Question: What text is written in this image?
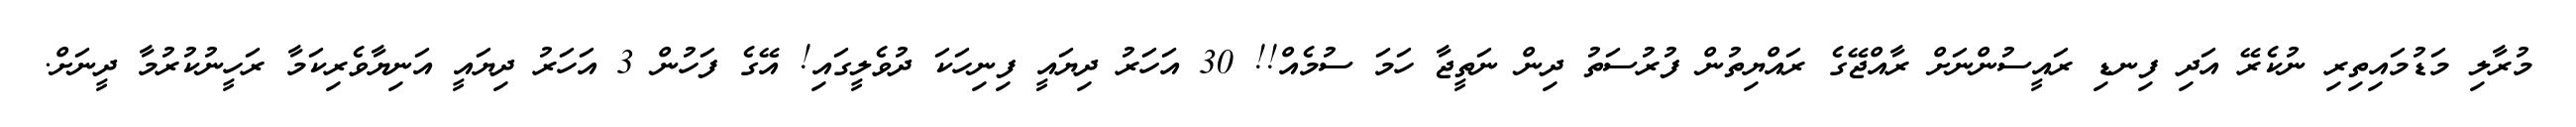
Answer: މުރާލި މަޑުމައިތިރި ނުކެރޭ އަދި ފިނޑި ރައީސުންނަށް ރާއްޖޭގެ ރައްޔިތުން ފުރުސަތު ދިން ނަތީޖާ ހަމަ ސުމެއް!! 30 އަހަރު ދިޔައީ ފިނިހަކަ ދުވެލީގައި! އޭގެ ފަހުން 3 އަހަރު ދިޔައީ އަނިޔާވެރިކަމާ ރަހީނުކުރުމާ ދީނަށް.